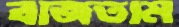
বাজতাম